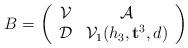
LaTeX: \begin{align*}B=\left (\begin{array}{cc} \mathcal V & \mathcal A\\ \mathcal D & \mathcal V_1(h_3, \mathbf t^3, d) \end{array}\right)\end{align*}